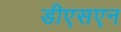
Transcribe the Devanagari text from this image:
डीएसएन